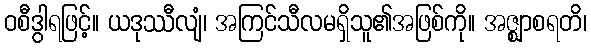
ဝစီဒွါရဖြင့်။ ယဒုဿီလျံ၊ အကြင်သီလမရှိသူ၏အဖြစ်ကို။ အဇ္ဈာစရတိ၊